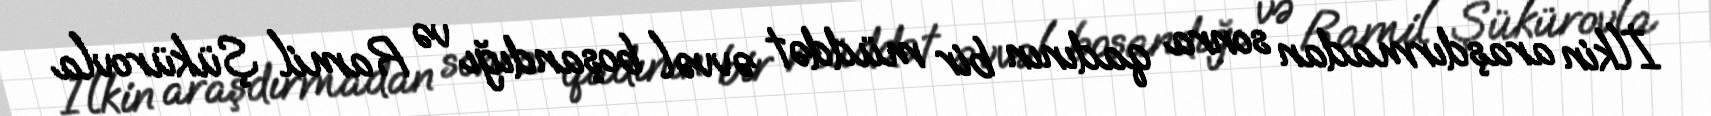
İlkin araşdırmadan sonra qadının bir müddət əvvəl boşandığı və Ramil Şükürovla